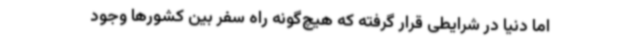
اما دنیا در شرایطی قرار گرفته که هیچ‌گونه راه سفر بین کشورها وجود